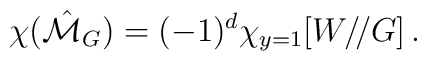
\chi(\hat{\cal M}_G)=(-1)^d\chi_{y=1}[W/\!/G]\,.